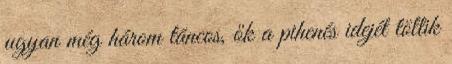
ugyan még három táncos, ők a pihenés idejét töltik